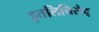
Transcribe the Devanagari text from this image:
इतलिचिसेद्